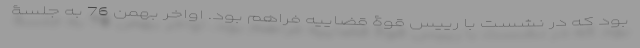
بود که در نشست با رییس قوۀ قضاییه فراهم بود. اواخر بهمن 76 به جلسۀ